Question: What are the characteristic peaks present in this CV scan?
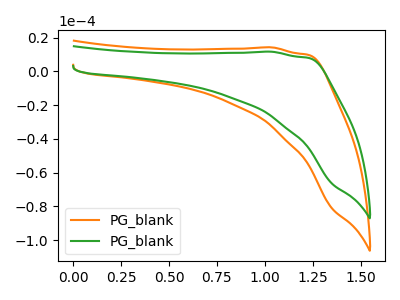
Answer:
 <answer>The orange curve "PG_blank1" has no peaks. The green curve "PG_blank2" has no peaks.</answer>
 <eval></eval>